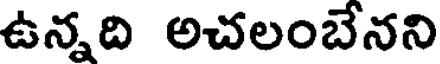
ఉన్నది అచలంబేనని